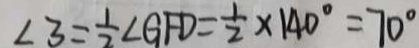
\angle 3 = \frac { 1 } { 2 } \angle G F D = \frac { 1 } { 2 } \times 1 4 0 ^ { \circ } = 7 0 ^ { \circ }